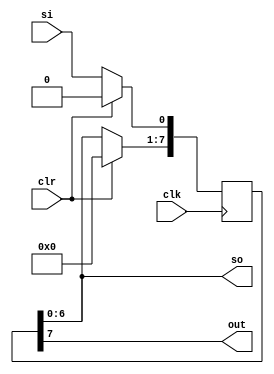
module left_reg(clk,clr,out,si,so);
parameter WIDTH=8;
input clk,clr,si;
output reg out;
output reg [WIDTH-2:0] so;
reg [WIDTH-1:0]temp;
assign so=temp;
assign out=temp[WIDTH-1];
always@(posedge clk)begin
	if(clr) temp<=0;
	else begin 
	temp<=temp<<1;
	temp[0]<=si;
	end
end
endmodule